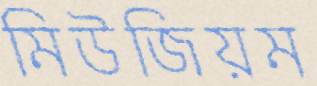
মিউজিয়ম